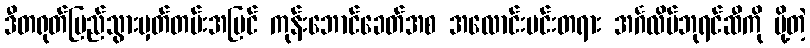
ဒီတရုတ်ပြည်သွားမှတ်တမ်းအပြင် ကုန်းဘောင်ခေတ်အစ အလောင်းမင်းတရား အင်္ဂလိပ်ဘုရင်ဆီကို ပို့တဲ့